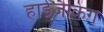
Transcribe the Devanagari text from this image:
हाईजैकिंग